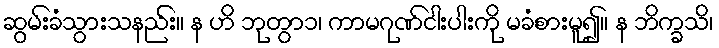
ဆွမ်းခံသွားသနည်း။ န ဟိ ဘုတွာ၁၊ ကာမဂုဏ်ငါးပါးကို မခံစားမူ၍။ န ဘိက္ခသိ၊